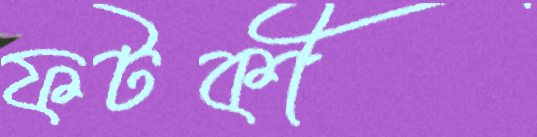
ফটকী